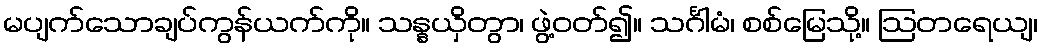
မပျက်သောချပ်ကွန်ယက်ကို။ သန္နယှိတွာ၊ ဖွဲ့ဝတ်၍။ သင်္ဂါမံ၊ စစ်မြေသို့။ ဩတရေယျ၊